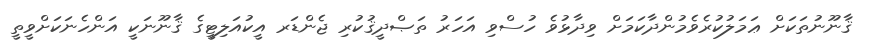
ޤާނޫނުތަކަށް ޢަމަލުކުރެވެމުންދާކަމަށް ވިދާޅުވެ ހުސްވި އަހަރު ތަޞްދީޤުކުރި ޖެންޑަރ އީކުއަލިޓީގެ ޤާނޫނަކީ އަންހެނަކަށްވީތީ